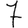
Digit: 7